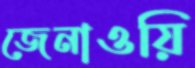
জেনাওয়ি